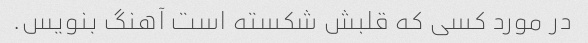
در مورد کسی که قلبش شکسته است آهنگ بنویس.